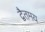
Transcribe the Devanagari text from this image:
द्वैतमय